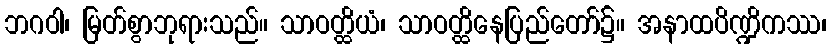
ဘဂဝါ၊ မြတ်စွာဘုရားသည်။ သာဝတ္ထိယံ၊ သာဝတ္ထိနေပြည်တော်၌။ အနာထပိဏ္ဍိကဿ၊